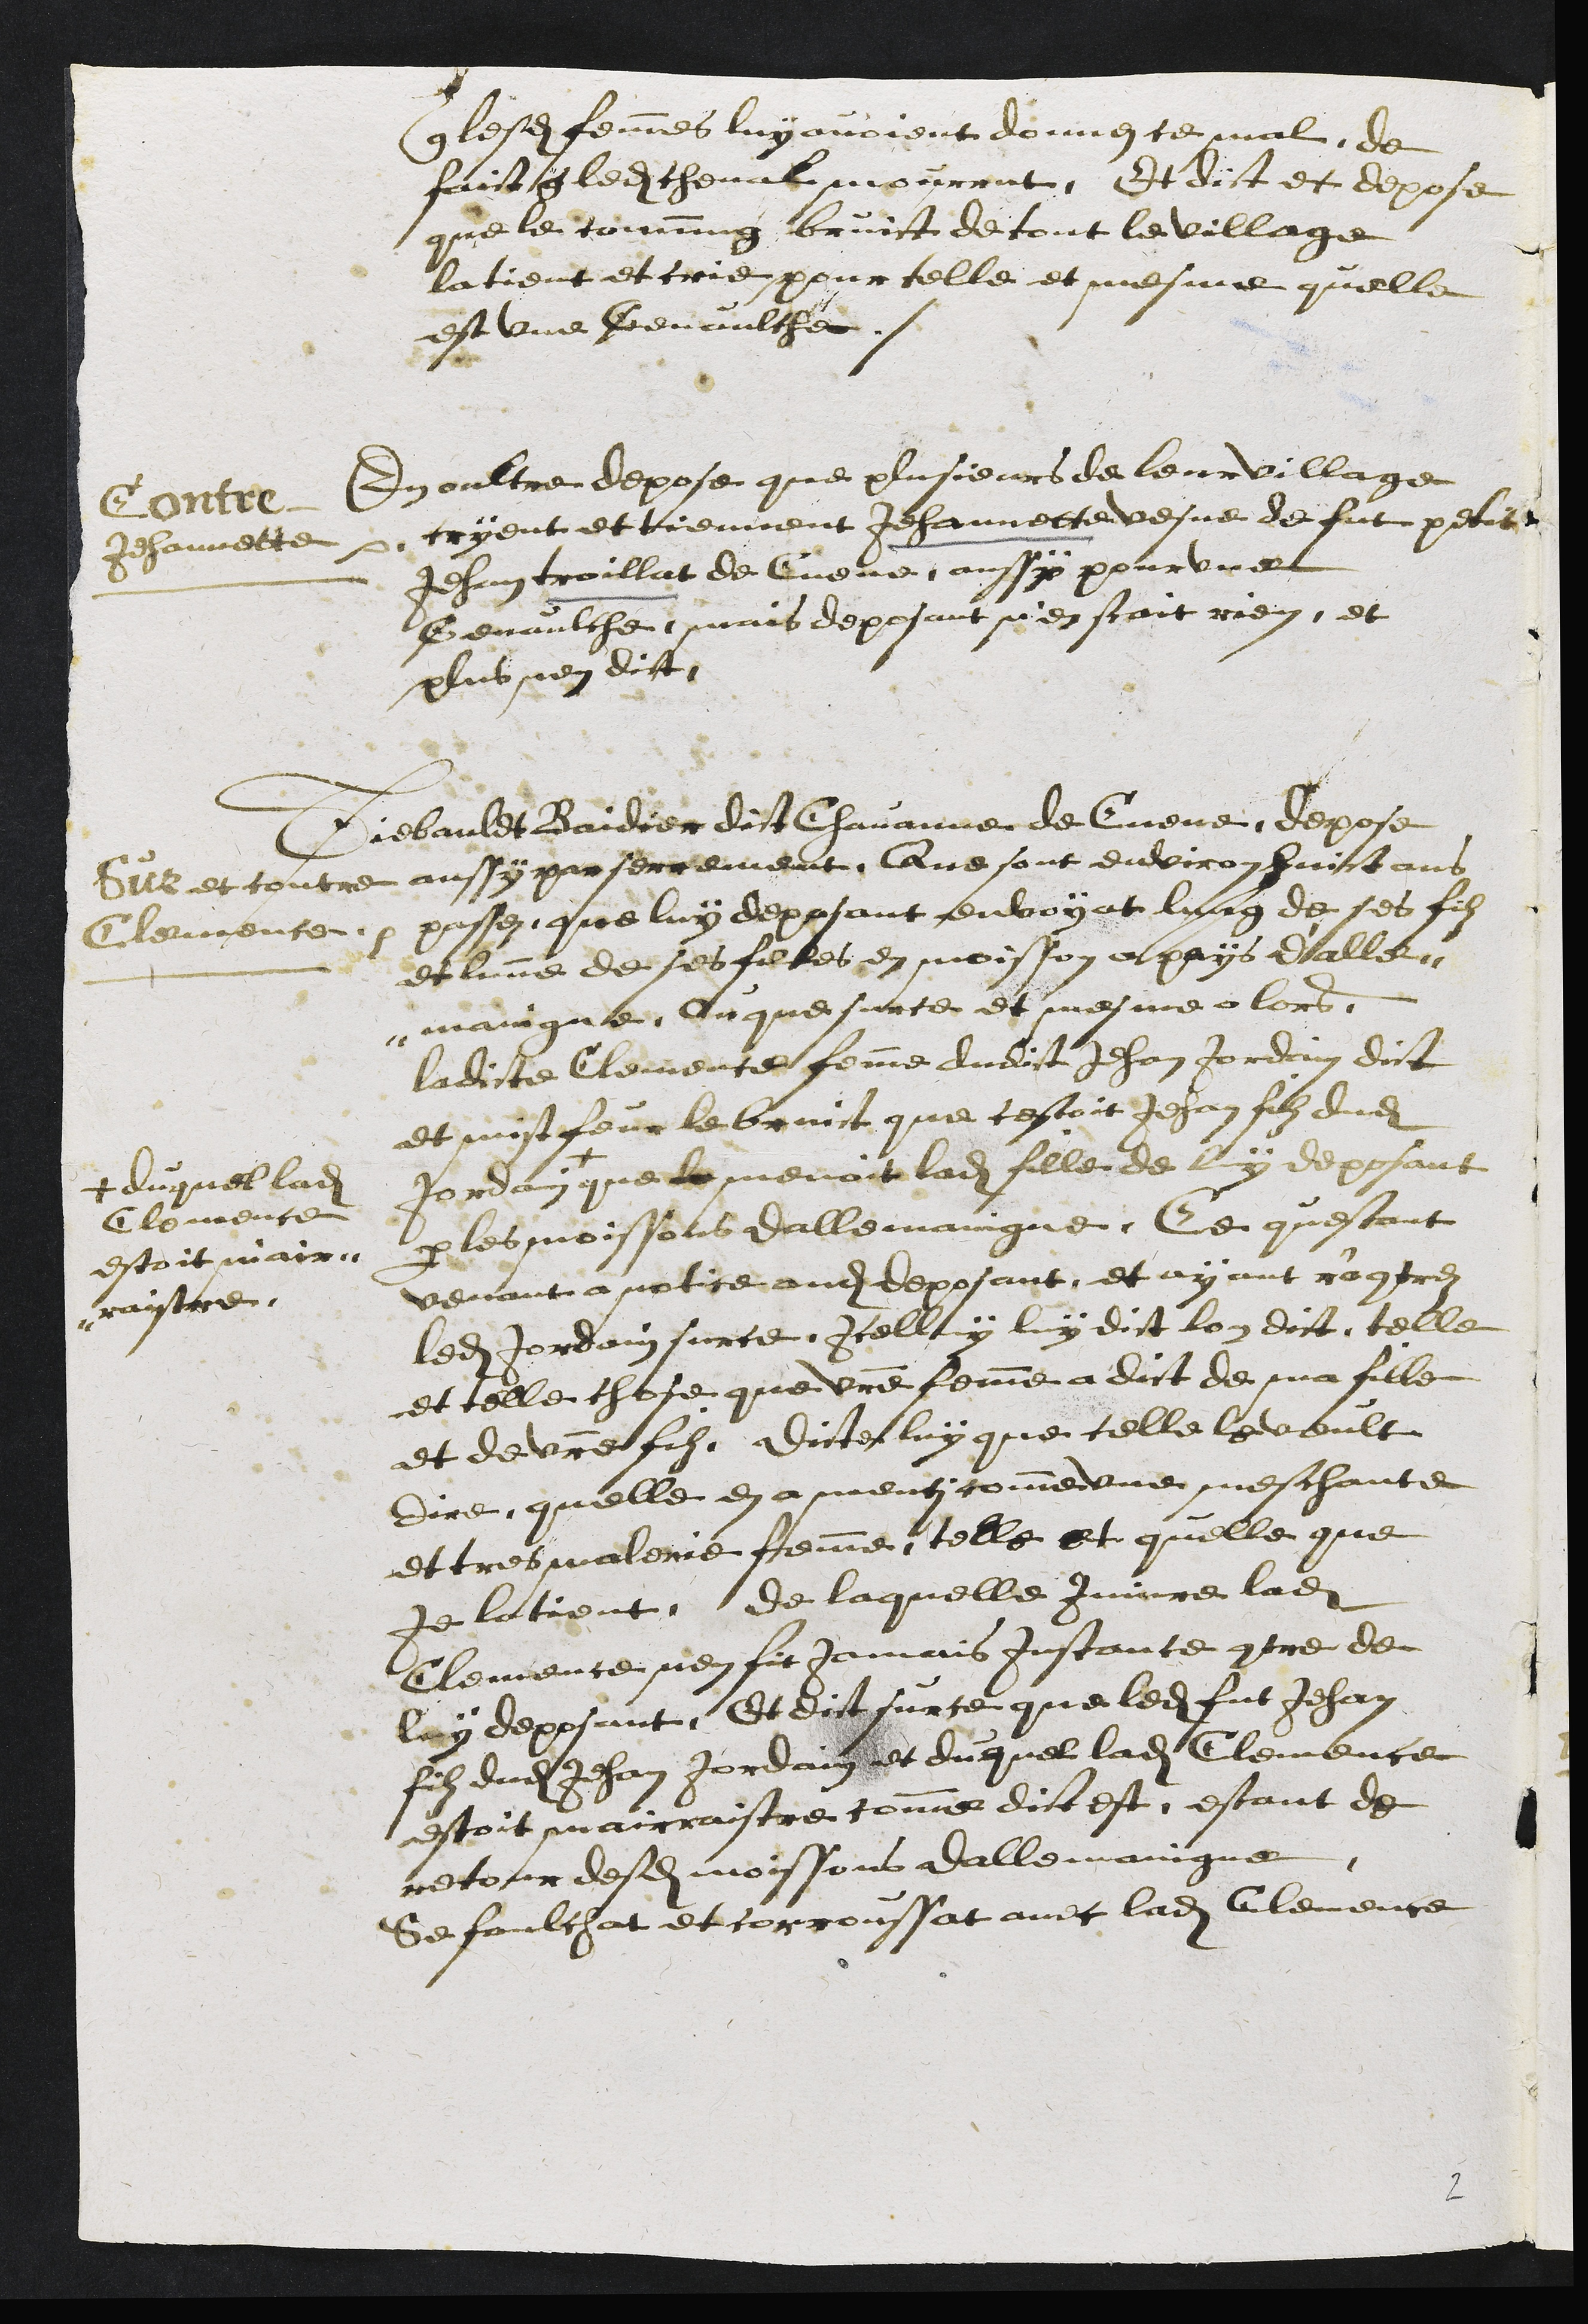
que lesdites femmes luy avoient donnei ce mal, de
faict que ledit cheval mourrut, Et dict et depose
que le commung bruict de tout le village
la tient et crie pour telle et mesme quelle
est une Genaulche.
Contre
Jehannette
En oultre depose que plusieurs de leur village
cryent et tiennent Jehannette vesve de fut petit
Jehan troillat de Cueve aussy pour une
Genaulche, mais deposant n'en scait rien, et
plus nen dict.
Sur et contre
Clemence.
Tiebauldt Baidier dit Chavanne de Cueve depose
aussy par serrement, Que sont environ huict ans
passez, que luy deposant envoyat lung de ses filz
et lune de ses filles en moisson a pays d'alle-
maingne, Ou que surce et mesme alors,
ladite Clemence femme dudit Jehan Jordain dict
et mist feur le bruict que cestoit Jehan filz dudit
Jordain +
+ duquel ladite
Clemence
estoit mair-
raistre.
que le menoit ladite fille de luy deposant
par les moissons dallemaingne, Ce questant
venant a notice audit deposant et ayant r'acontrez
ledit Jordain sur ce, icelluy luy dict lon dict telle
et telle chose que vre femme a dict de ma fille
et de votre filz, dicte luy que telle le veult
dire quelle en a menti comme une meschante
et tres maleine femme, telle et quelle que
Je la tient, de laquelle Injure ladite
Clemence, nen fit jamais instance contre de
luy deposant, Et dit surce que ledit fut Jehan
filz dudit Jehan Jordain et duquel ladite Clemence
estoit mairraistre comme dict est, estant de
retour desdites moissons dallemaingne
se faulchat et corroussat avec ladite Clemence
2